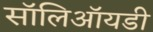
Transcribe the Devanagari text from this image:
सॉलिऑयडी